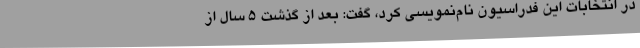
در انتخابات این فدراسیون نام‌نمویسی کرد، گفت: بعد از گذشت 5 سال از